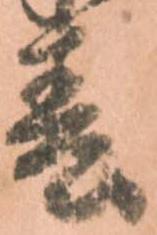
春